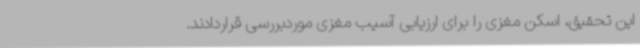
این تحقیق، اسکن مغزی را برای ارزیابی آسیب مغزی موردبررسی قراردادند.